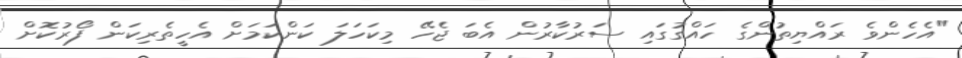
"އެހެންވެ ރައްޔިތުންގެ ހައްގުގައި ސަރުކާރުން އެބަ ޖެހޭ މިކަހަލަ ކަންކަމަށް އެހީތެރިކަން ފޯރުކޮށް